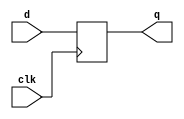
module top_module (
    input clk,
    input [7:0] d,
    output reg [7:0] q
);

always @(posedge clk) begin
    q <= d;
end

endmodule